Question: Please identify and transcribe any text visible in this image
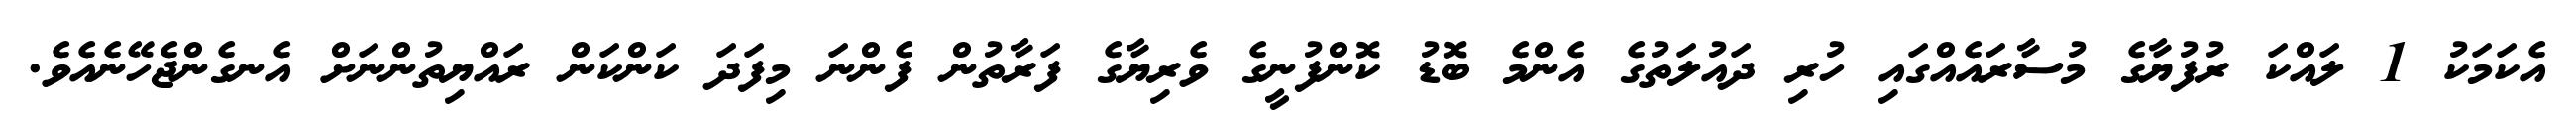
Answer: އެކަމަކު 1 ލައްކަ ރުފުޔާގެ މުސާރައެއްގައި ހުރި ދައުލަތުގެ އެންމެ ބޮޑު ކޮންފުނީގެ ވެރިޔާގެ ފަރާތުން ފެންނަ މިފަދަ ކަންކަން ރައްޔިތުންނަށް އެނގެންޖެހޭނެއެވެ.